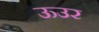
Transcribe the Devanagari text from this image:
ऊउर